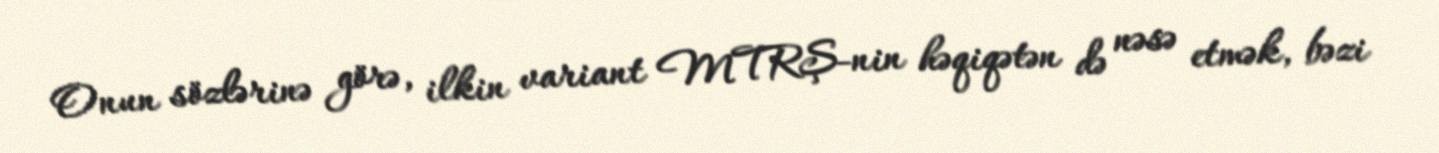
Onun sözlərinə görə, ilkin variant MTRŞ-nin həqiqətən də nəsə etmək, bəzi